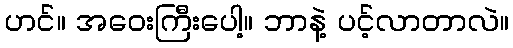
ဟင်။ အဝေးကြီးပေါ့။ ဘာနဲ့ ပင့်လာတာလဲ။